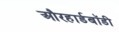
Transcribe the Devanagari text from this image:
औरहार्डबॉडी